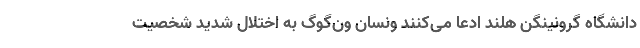
دانشگاه گرونینگن هلند ادعا می‌کنند ونسان ون‌گوگ به اختلال شدید شخصیت